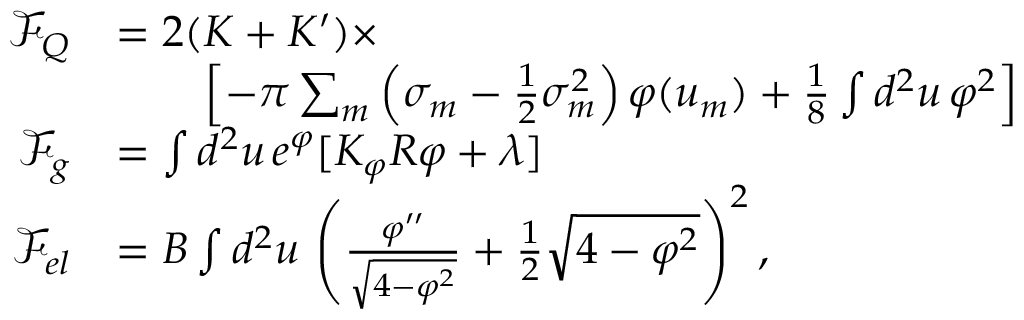
\begin{array} { r l } { \mathcal F _ { Q } } & { = 2 ( K + K ^ { \prime } ) \times } \\ & { \qquad \left[ - \pi \sum _ { m } \left( \sigma _ { m } - \frac { 1 } { 2 } \sigma _ { m } ^ { 2 } \right) \varphi ( u _ { m } ) + \frac { 1 } { 8 } \int d ^ { 2 } u \, \varphi ^ { 2 } \right] } \\ { \mathcal F _ { g } } & { = \int d ^ { 2 } u \, e ^ { \varphi } [ K _ { \varphi } R \varphi + \lambda ] } \\ { \mathcal F _ { e l } } & { = B \int d ^ { 2 } u \, \left( \frac { \varphi ^ { \prime \prime } } { \sqrt { 4 - \varphi ^ { 2 } } } + \frac { 1 } { 2 } \sqrt { 4 - \varphi ^ { 2 } } \right) ^ { 2 } , } \end{array}